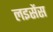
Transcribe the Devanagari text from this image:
लइसेंस